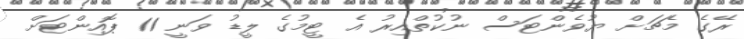
ރޭގެ މެޗަށް ޔުވެންޓަސް ނުކުތްއިރު އެ ޓީމުގެ ލީޑު ވަނީ 11 ޕޮއިންޓަށް